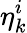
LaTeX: \eta_{k}^{i}